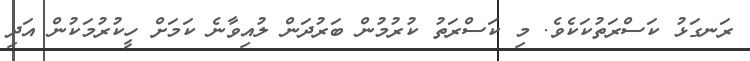
ރަނގަޅު ކަސްރަތުކަކެވެ. މި ކަސްރަތު ކުރުމުން ބަރުދަން ލުއިވާނެ ކަމަށް ހީކުރުމަކުން އަދި